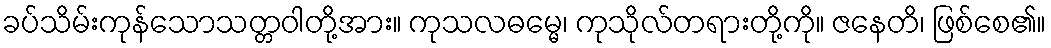
ခပ်သိမ်းကုန်သောသတ္တဝါတို့အား။ ကုသလဓမ္မေ၊ ကုသိုလ်တရားတို့ကို။ ဇနေတိ၊ ဖြစ်စေ၏။